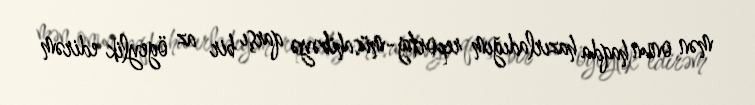
mən onun haqda hazırladığım reportaj-müsahibəyə qarşı bir az ögeylik edirəm